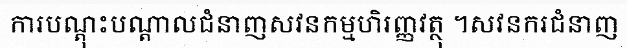
ការបណ្តុះបណ្តាលជំនាញសវនកម្មហិរញ្ញវត្ថុ ។សវនករជំនាញ